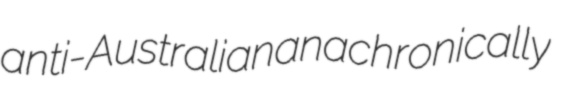
anti-Australian anachronically